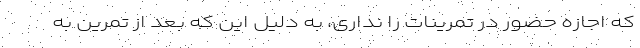
که اجازه حضور در تمرینات را نداری، به دلیل این که بعد از تمرین به